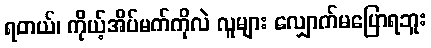
ရတယ်၊ ကိုယ့်အိပ်မက်ကိုလဲ လူများ လျှောက်မပြောရဘူး